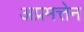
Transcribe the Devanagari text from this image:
अप्रमत्तेन